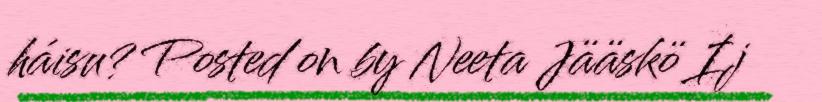
háisu? Posted on by Neeta Jääskö Ij